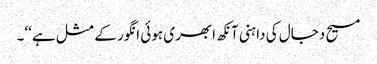
مسیح دجال کی داہنی آنکھ ابھری ہوئی انگور کے مثل ہے‘‘۔